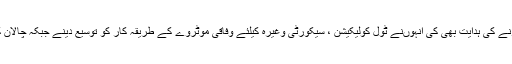
وزیراعلیٰ نے سوات موٹروے کی تعمیر پر کام تیز کرنے کی ہدایت بھی کی انہوںنے ٹول کولیکیشن ، سیکورٹی وغیرہ کیلئے وفاقی موٹروے کے طریقہ کار کو توسیع دینے جبکہ چالان کیلئے جدید ٹیکنالوجی بروئے کار لانے کی ہدایت کی ۔